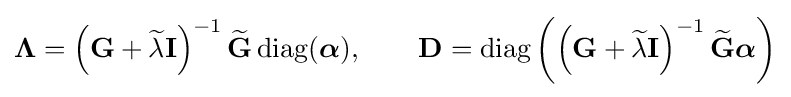
{\boldsymbol {\Lambda }}=\left(\mathbf {G} +{\widetilde {\lambda }}\mathbf {I} \right)^{-1}{\widetilde {\mathbf {G} }}\operatorname {diag} ({\boldsymbol {\alpha }}),\qquad \mathbf {D} =\operatorname {diag} \left(\left(\mathbf {G} +{\widetilde {\lambda }}\mathbf {I} \right)^{-1}{\widetilde {\mathbf {G} }}{\boldsymbol {\alpha }}\right)